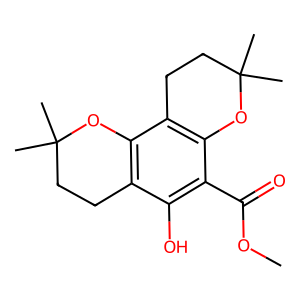
SMILES: COC(=O)c1c(O)c2c(c3c1OC(C)(C)CC3)OC(C)(C)CC2
Inhibits HIV replication: No